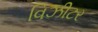
વિઝીટર